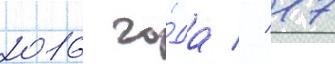
2016 го́да // 17